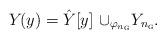
LaTeX: \begin{align*}Y\mkern-1.9mu(y) = \hat{Y}[y] \mkern1.5mu \cup_{\varphi_{n_{{\textsc{g}}}}} \mkern-3.9muY_{n_{{\textsc{g}}}}.\end{align*}